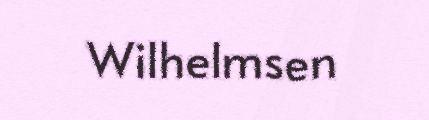
Wilhelmsen